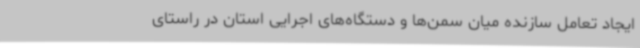
ایجاد تعامل سازنده میان سمن‌ها و دستگاه‌های اجرایی استان در راستای